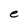
Character: e